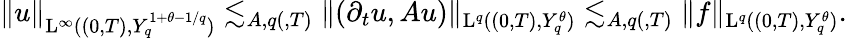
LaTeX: \begin{array}{r}{\lVert u\rVert_{\mathrm{L}^{\infty}((0,T),Y_{q}^{1+\theta-1/q})}\lesssim_{A,q(,T)}\lVert(\partial_{t}u,Au)\rVert_{\mathrm{L}^{q}((0,T),Y_{q}^{\theta})}\lesssim_{A,q(,T)}\lVert f\rVert_{\mathrm{L}^{q}((0,T),Y_{q}^{\theta})}\mathrm{.~}}\end{array}